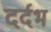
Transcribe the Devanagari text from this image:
दर्दभ